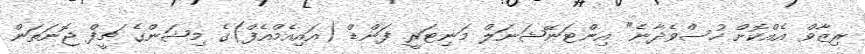
ރިޒާވް އެއްކޮށް ހުސްވެދާނެ" އިންޓަނޭޝަނަލް މަނިޓަރީ ފަންޑް (އައިއެމްއެފް)ގެ މިޝަންގެ ޗީފް ޖޮނަތަން